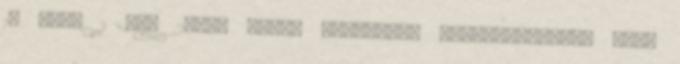
18 éves 1 éve 24:00 VPorn harisnya, magassarkúban, milf